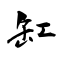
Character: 缸